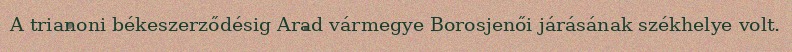
A trianoni békeszerződésig Arad vármegye Borosjenői járásának székhelye volt.